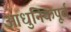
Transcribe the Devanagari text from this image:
आधुनिकपूर्व